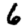
Digit: 6